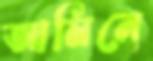
আমিনে